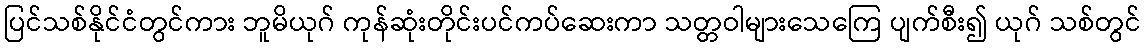
ပြင်သစ်နိုင်ငံတွင်ကား ဘူမိယုဂ် ကုန်ဆုံးတိုင်းပင်ကပ်ဆေးကာ သတ္တဝါများသေကြေ ပျက်စီး၍ ယုဂ် သစ်တွင်